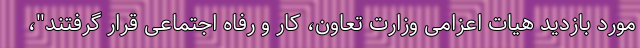
مورد بازدید هیات اعزامی وزارت تعاون، کار و رفاه اجتماعی قرار گرفتند"،